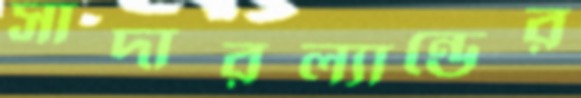
সাদারল্যান্ডের